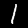
Digit: 1